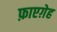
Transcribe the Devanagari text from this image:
फ़ाएग़ेह